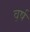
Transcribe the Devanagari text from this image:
व़र्ष